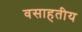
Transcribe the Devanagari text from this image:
वसाहतीय